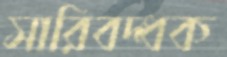
সারিবদ্ধক